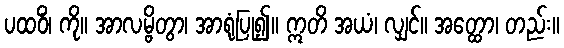
ပထဝိံ၊ ကို။ အာလမ္ဗိတွာ၊ အာရုံပြု၍။ ဣတိ အယံ၊ လျှင်။ အတ္ထော၊ တည်း။